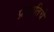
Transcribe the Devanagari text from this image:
प्रजातिचे